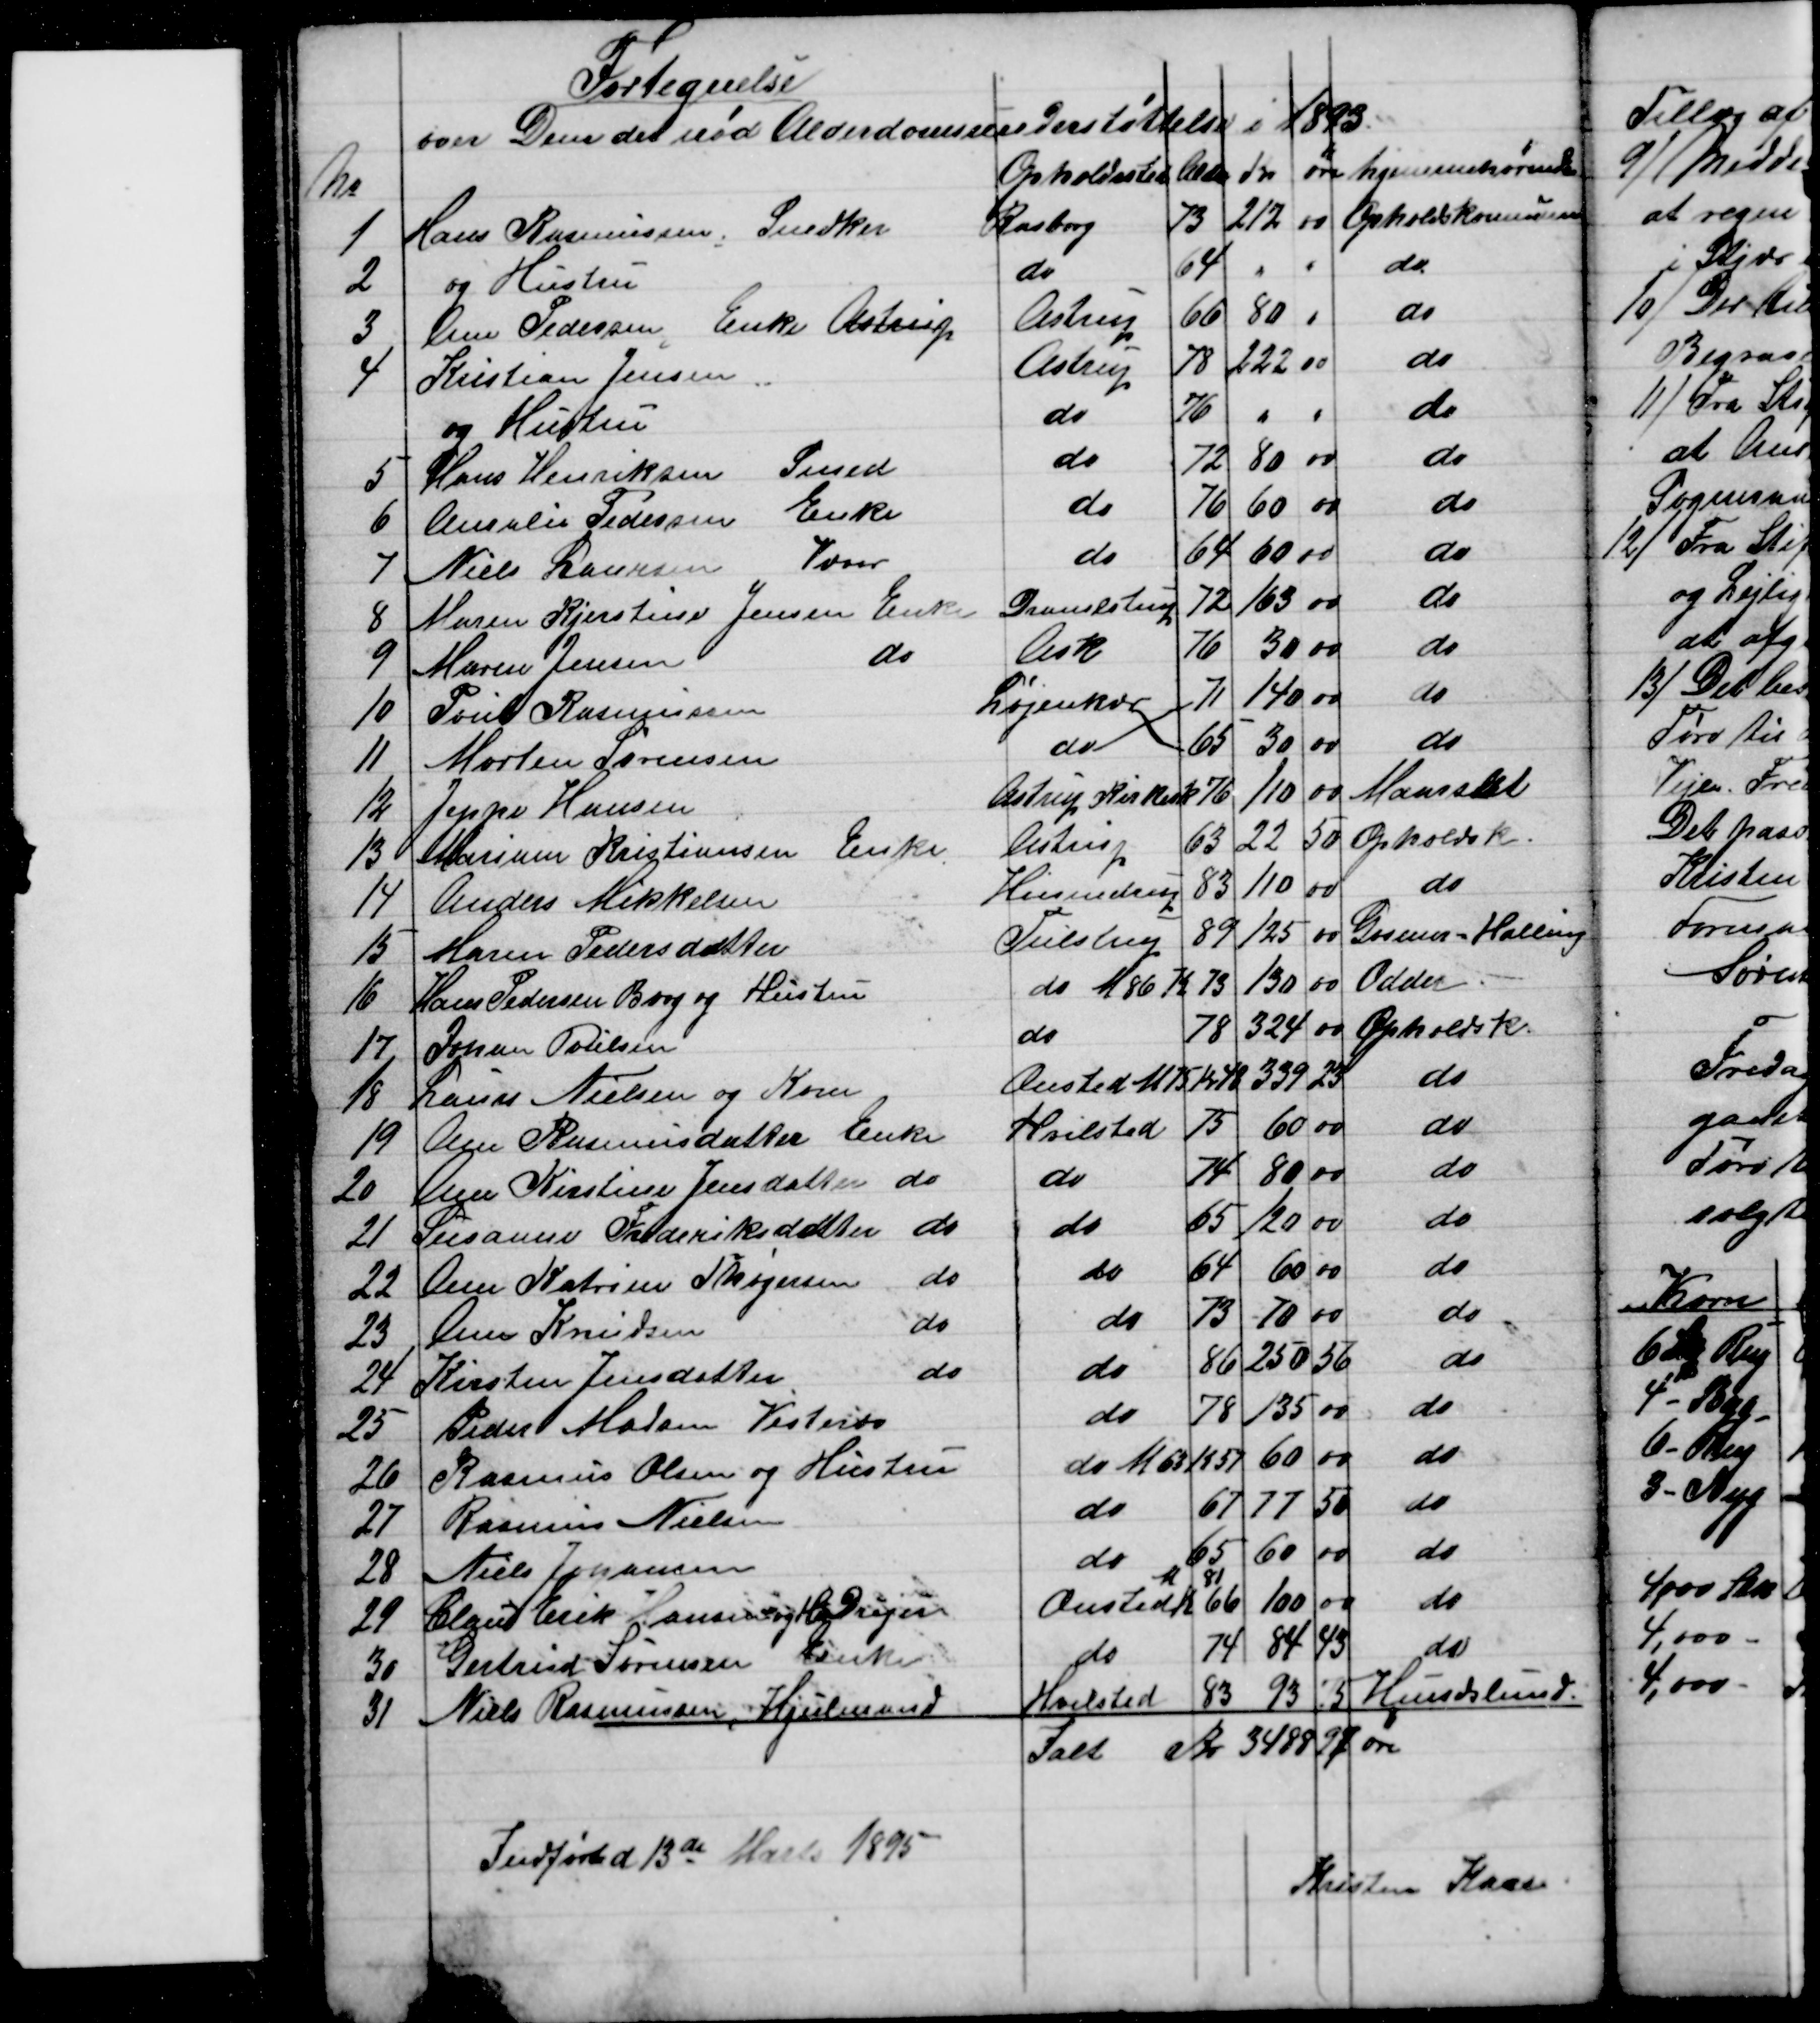
Transskription:
Fortegnelse
over Dem der nød Alderdomsunderstøttelse i 1893.
№
Opholdssted
Alder
Kr
øre 
hjemmehørende
1
Hans Rasmussen, Snedker
Rasborg
73
212
00
Opholdskommune
2
og Hustru
do
64
" 
"
do
3
Ane Pedersen, Enke Astrup
Astrup
66
80
"
do
4
Kristian Jensen
Astrup
78
220 
00
do
og Hustru
do
76
" 
"
do
5
Hans Henriksen Smed
do
72
80
00
do
6
Amalie Pedersen Enke
do
76
60
00
do
7
Niels Laursen Væver
do
64
60
00
do
8
Maren Kjerstine Jensen Enke
Dramlstrup
72
163
00
do
9
Maren Jensen
do
Ask
76
30
00
do
10
Poul Rasmussen
Løjenkær
71
140
00
do
11
Morten Sørensen
do
65
30
00
do
12
Jeppe Hansen
Astrup Kirkesk
76
110
00
Maarslet
13
Mariane Kristiansen Enke
Astrup
63
22
50
Opholdsk.
14
Anders Mikkelsen
Hinnedrup
83
110
00
do
15
Maren Pedersdatter
Tulstrup
89
125
00
Gosmer - Halling
16
Hans Pedersen Borg og Hustru
do 
M 86 K 73
130
00
Odder.
17
Johan Poulsen
do
78
324
00
Opholdsk.
18
Laurs Nielsen og Kone
Onsted 
M 75 K 48
339
23
do
19
Ane Rasmusdatter Enke
Hvilsted
75
60
00
do
20
Ane Kirstine Jensdatter do
do
74
80
00
do
21
Susanne Frederiksdatter do
do
65
120
00
do
22
Ane Katrine Thøgersen do
do
64
60
00
do
23
Ane Knudsen 
do
do
73
70
00
do
24
Kirsten Jensdatter 
do
do
86
250
56
do
25
Peder Madsen Vesterbo
do
78
135
00
do
26
Rasmus Olsen og Hustru
do 
M 63 K 57
60
00
do
27
Rasmus Nielsen
do
67
77
50
do
28
Niels Johansen
do
65
60
00
do
29
Claus Erik Hansen og Hu. Drejer
Onsted 
M 81
K 66
100
00
do
30
Gertrud Sørensen Enke
do
74
84
43
do
31
Niels Rasmussen, Hjulmand
Hvilsted
83
93
75
Hundslund.
Ialt 
Kr 3488 
97 øre
Indført d 13de Marts 1895
Kristen Kaae